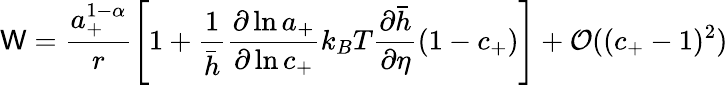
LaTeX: \mathsf{W}=\frac{{a_{+}^{1-\alpha}}}{{r}}\left[1+\frac{{1}}{{\bar{{h}}}}\frac{{\partial\ln{a_{+}}}}{{\partial\ln{c_{+}}}}k_{B}T\frac{{\partial\bar{{h}}}}{{\partial\eta}}(1-c_{+})\right]+\mathcal{{O}}((c_{+}-1)^{2})